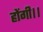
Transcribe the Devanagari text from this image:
होंगी।।